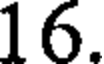
16.